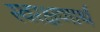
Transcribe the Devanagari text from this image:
स्वरक्षणार्थ